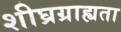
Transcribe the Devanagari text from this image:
शीघ्रग्राह्यता